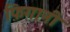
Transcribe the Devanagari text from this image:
फ़िग़ानी